Newspaper: The Indianapolis journal. [volume]
Place of publication: Indianapolis [Ind.]
Publisher: Douglass & Conner
Date: 1890-02-06 00:00:00
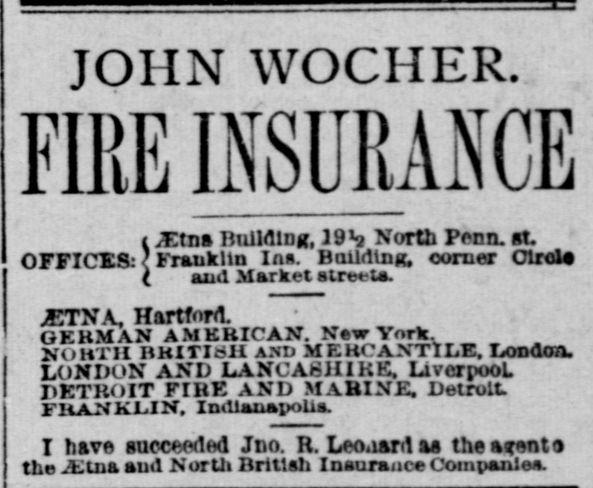
Advertisement text (OCR):
JOHN WOCHER. FIRE INSURANCE t Xtna IhilldiDg, 19h North Penn. st. OFFICES: Franklin Ins. BuUdlng, corner Clrola I and Market streets. jCTNA, Hartford. OEHMAN AMERICAN. New York. No ii i'H iiKiTiau and MERCANTILE. London. LONDON AND LANCA8HIKK. LivcrpooL DKTHOIT FIRE AND MAHINE. Detroit F11A.N KL.I N". IndlanapoUs. I have succeeded Jno. Tt. Leoaardaa the a rent a tbe iLtns aud North British Insurance Companies.
Label: text-only